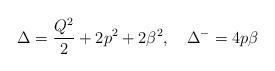
\begin{align*}\Delta=\frac{Q^2}{2}+2p^2+2\beta^2 ,\quad\Delta^-=4p\beta\end{align*}